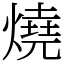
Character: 燒